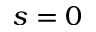
s = 0